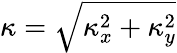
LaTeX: \kappa=\sqrt{\kappa_{x}^{2}+\kappa_{y}^{2}}